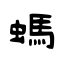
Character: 螞